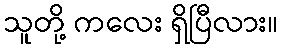
သူတို့ ကလေး ရှိပြီလား။